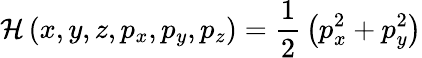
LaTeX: {\mathcal{H}}\left(x,y,z,p_{x},p_{y},p_{z}\right)={\frac{1}{2}}\left(p_{x}^{2}+p_{y}^{2}\right)